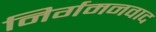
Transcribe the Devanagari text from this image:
निर्गमनवाद